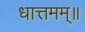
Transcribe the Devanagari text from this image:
धात्तमम्‌॥